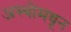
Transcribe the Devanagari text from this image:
अस्थींमधून